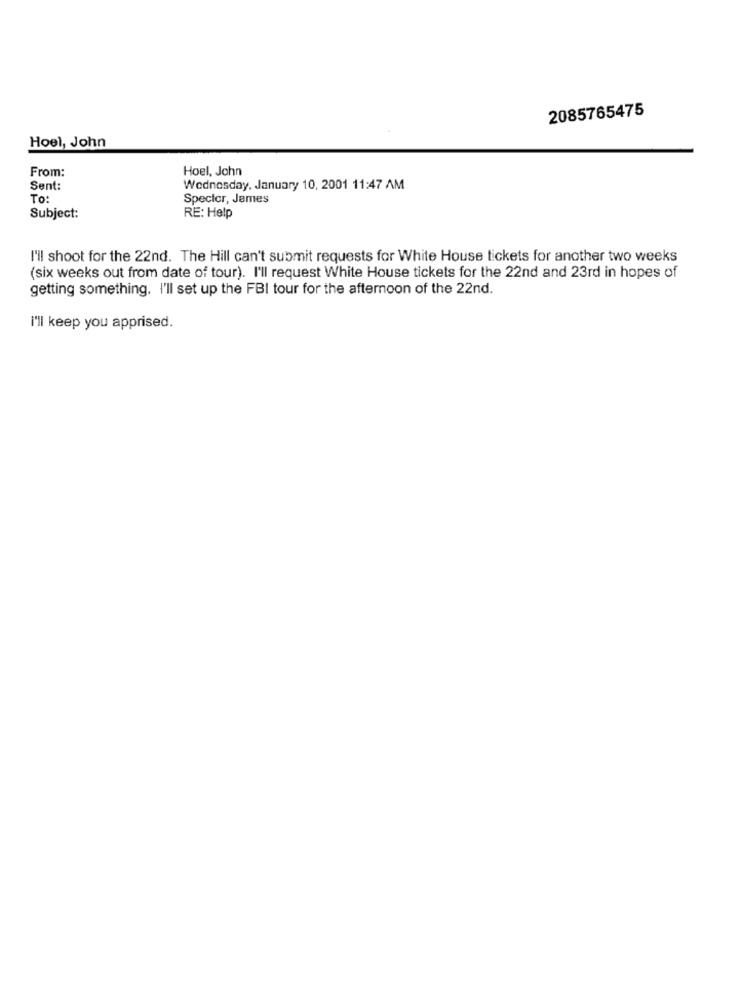
2085765475
Hoel, John
From:
Hoel, John
Sent:
Wednesday, January 10, 2001 11:47 AM
To:
Specter, James
Subject:
RE: Help
I'll shoot for the 22nd. The Hill can't submit requests for White House tickets for another two weeks
(six weeks out from date of tour). I'll request White House tickets for the 22nd and 23rd in hopes of
getting something. I'll set up the FBI tour for the afternoon of the 22nd.
I'll keep you apprised.